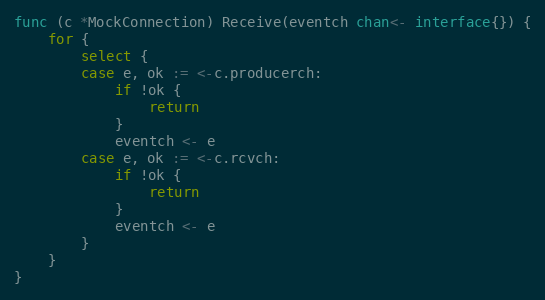
Language: Go
func (c *MockConnection) Receive(eventch chan<- interface{}) {
	for {
		select {
		case e, ok := <-c.producerch:
			if !ok {
				return
			}
			eventch <- e
		case e, ok := <-c.rcvch:
			if !ok {
				return
			}
			eventch <- e
		}
	}
}